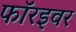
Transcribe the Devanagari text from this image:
फॉरइवर